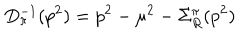
D _ { \pi } ^ { - 1 } ( p ^ { 2 } ) = p ^ { 2 } - \mu ^ { 2 } - \Sigma _ { R } ^ { \pi } ( p ^ { 2 } )